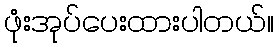
ဖုံးအုပ်ပေးထားပါတယ်။